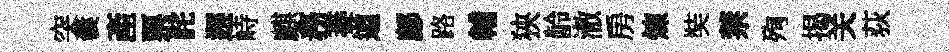
突囊產票詫邂峙麒務萎道鄜路輔狹龄澈房煉奘禁殉揭关荻